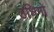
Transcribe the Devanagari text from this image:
उधिगो